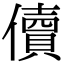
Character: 儥